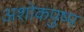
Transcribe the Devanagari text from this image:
अशोकपुष्प